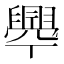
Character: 𦦞